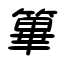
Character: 篳